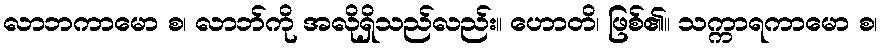
လာဘကာမော စ၊ လာဘ်ကို အလိုရှိသည်လည်း။ ဟောတိ၊ ဖြစ်၏။ သက္ကာရကာမော စ၊